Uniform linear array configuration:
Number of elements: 64
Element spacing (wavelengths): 0.5
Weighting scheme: blackman
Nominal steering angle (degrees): -60
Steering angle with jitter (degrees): -59.462
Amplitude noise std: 0.05
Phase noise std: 0.05

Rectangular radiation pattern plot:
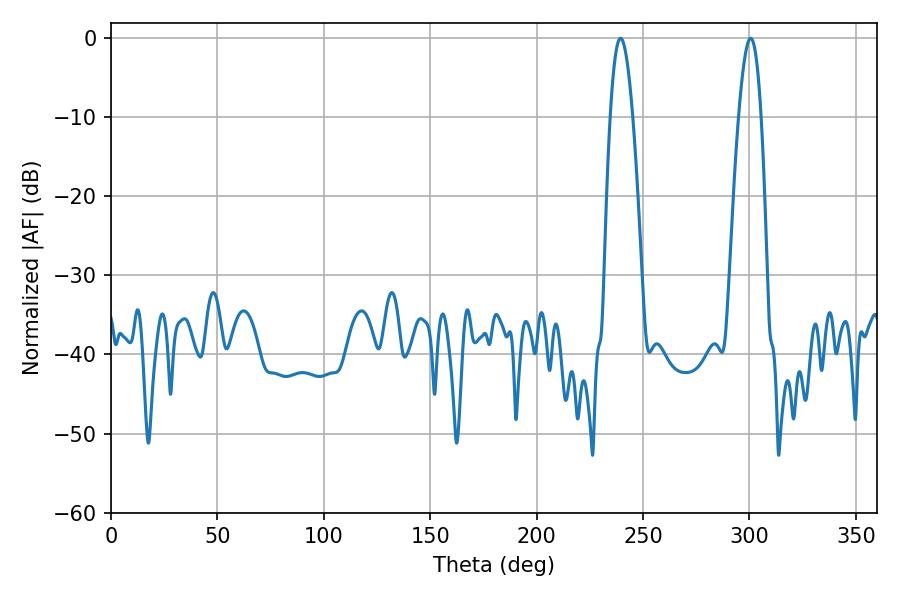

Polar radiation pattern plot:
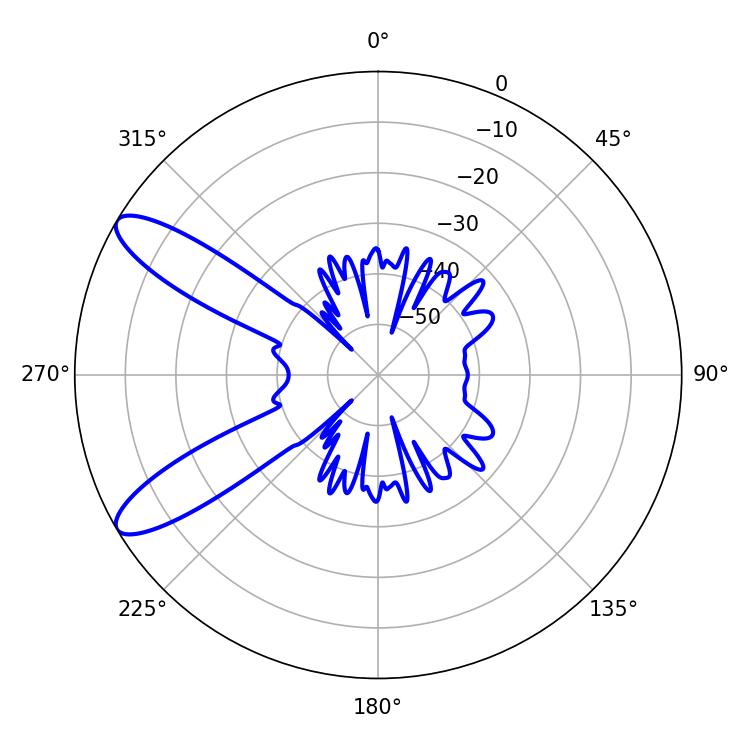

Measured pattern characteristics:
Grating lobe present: FALSE
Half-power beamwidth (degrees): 5.76
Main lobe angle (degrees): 239.4